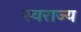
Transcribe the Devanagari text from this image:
स्‍वराज्य